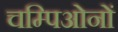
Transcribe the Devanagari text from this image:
चम्पिओनों